Report on the lunatic asylums under the Government of Bombay - 1904-1913
Year: 1904
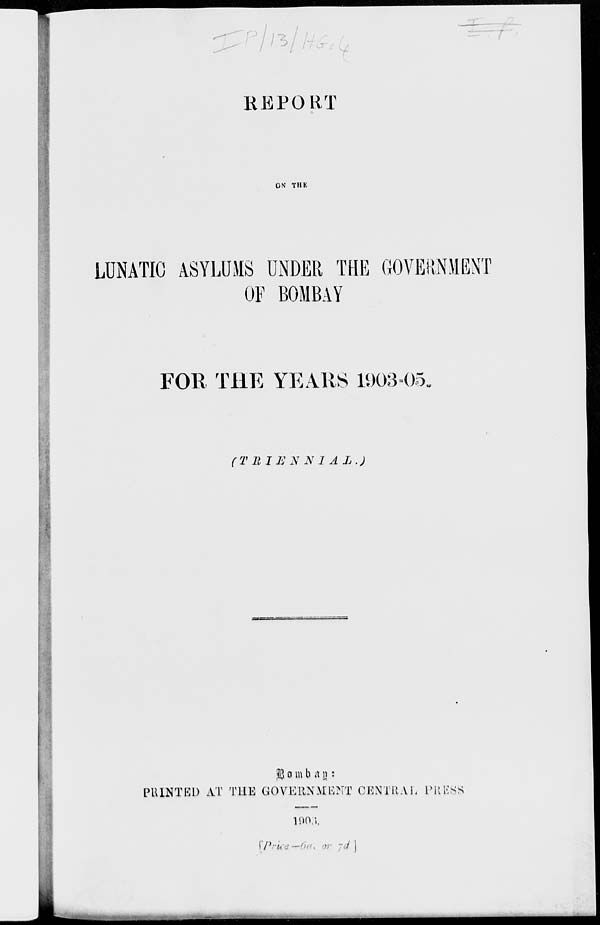
REPORT
ON THE
LUNATIC ASYLUMS UNDER THE GOVERNMENT
OF BOMBAY
FOR THE YEARS 1903-05.
(TRIENNIAL.)
B o m b a y :
PRINTED AT THE GOVERNMENT CENTRAL PRESS
1906.
[Price–06. or 7d ]